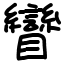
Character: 矕